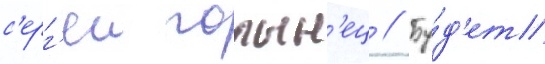
с'ерг'еи голын'ец // Бу́д'ет